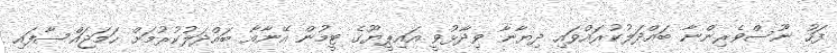
ފަހު ނޫސްވެރިންނާ ބައްދަލުކުރައްވައި ދިޔާނާ ވިދާޅުވީ އައިޕީޔޫގެ ޓީމުން އޭނާއާ ބައްދަލުކުރުމަށް ހަމަޖައްސާފައި